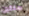
سابقين